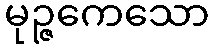
မုဉ္ဇကေသော